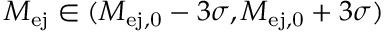
\ensuremath { M _ { \mathrm { e j } } } { } \in ( M _ { \mathrm { e j , 0 } } - 3 \sigma , M _ { \mathrm { e j , 0 } } + 3 \sigma )